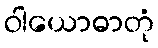
ဝါယောဓာတုံ